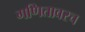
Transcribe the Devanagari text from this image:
गणितावरच